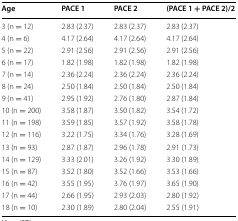
<table><thead><tr><td><b>Age</b></td><td><b>PACE 1</b></td><td><b>PACE 2</b></td><td><b>(PACE 1 + PACE 2)/2</b></td></tr></thead><tbody><tr><td>3 (n = 12)</td><td>2.83 (2.37)</td><td>2.83 (2.37)</td><td>2.83 (2.37)</td></tr><tr><td>4 (n = 6)</td><td>4.17 (2.64)</td><td>4.17 (2.64)</td><td>4.17 (2.64)</td></tr><tr><td>5 (n = 22)</td><td>2.91 (2.56)</td><td>2.91 (2.56)</td><td>2.91 (2.56)</td></tr><tr><td>6 (n = 17)</td><td>1.82 (1.98)</td><td>1.82 (1.98)</td><td>1.82 (1.98)</td></tr><tr><td>7 (n = 14)</td><td>2.36 (2.24)</td><td>2.36 (2.24)</td><td>2.36 (2.24)</td></tr><tr><td>8 (n = 24)</td><td>2.50 (1.84)</td><td>2.50 (1.84)</td><td>2.50 (1.84)</td></tr><tr><td>9 (n = 41)</td><td>2.95 (1.92)</td><td>2.76 (1.80)</td><td>2.87 (1.84)</td></tr><tr><td>10 (n = 200)</td><td>3.58 (1.87)</td><td>3.50 (1.82)</td><td>3.54 (1.72)</td></tr><tr><td>11 (n = 198)</td><td>3.59 (1.85)</td><td>3.57 (1.92)</td><td>3.58 (1.78)</td></tr><tr><td>12 (n = 116)</td><td>3.22 (1.75)</td><td>3.34 (1.76)</td><td>3.28 (1.69)</td></tr><tr><td>13 (n = 93)</td><td>2.87 (1.87)</td><td>2.96 (1.78)</td><td>2.91 (1.73)</td></tr><tr><td>14 (n = 129)</td><td>3.33 (2.01)</td><td>3.26 (1.92)</td><td>3.30 (1.89)</td></tr><tr><td>15 (n = 87)</td><td>3.52 (1.80)</td><td>3.52 (1.66)</td><td>3.53 (1.66)</td></tr><tr><td>16 (n = 42)</td><td>3.55 (1.95)</td><td>3.76 (1.97)</td><td>3.65 (1.90)</td></tr><tr><td>17 (n = 44)</td><td>2.66 (1.95)</td><td>2.93 (2.03)</td><td>2.80 (1.92)</td></tr><tr><td>18 (n = 10)</td><td>2.30 (1.89)</td><td>2.80 (2.04)</td><td>2.55 (1.91)</td></tr></tbody></table>